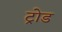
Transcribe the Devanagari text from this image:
ट्रोड